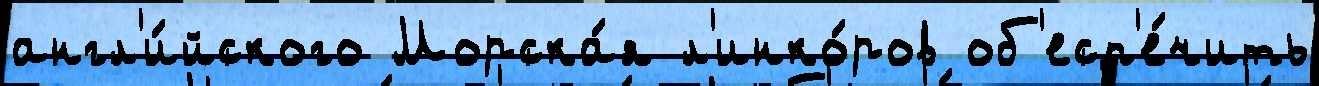
англ'и́йского Морска́я л'инко́ров об'есп'е́чить